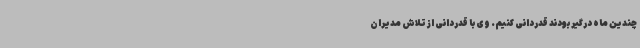
چندین ماه درگیر بودند قدردانی کنیم. وی با قدردانی از تلاش مدیران